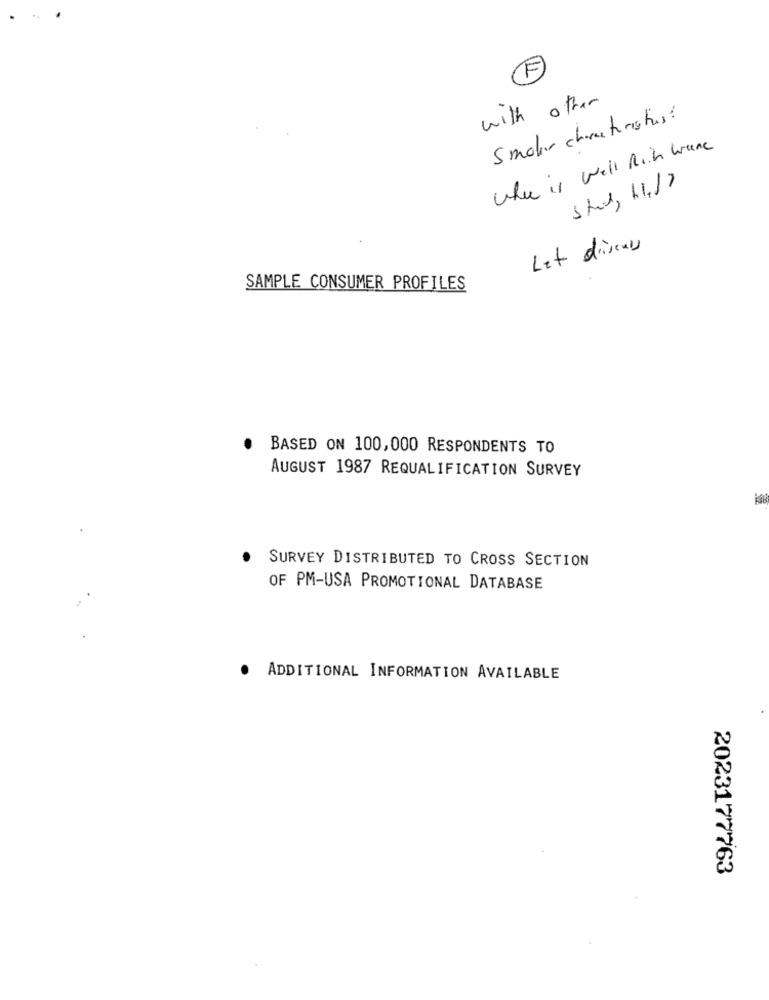
(F)
with other
5 moker characteristics?
Where is well Rich Wane
Study 11.17
Let discuss
SAMPLE CONSUMER PROFILES
BASED ON 100,000 RESPONDENTS TO
AUGUST 1987 REQUALIFICATION SURVEY
SURVEY DISTRIBUTED TO CROSS SECTION
OF PM-USA PROMOTIONAL DATABASE
ADDITIONAL INFORMATION AVAILABLE
2023177763